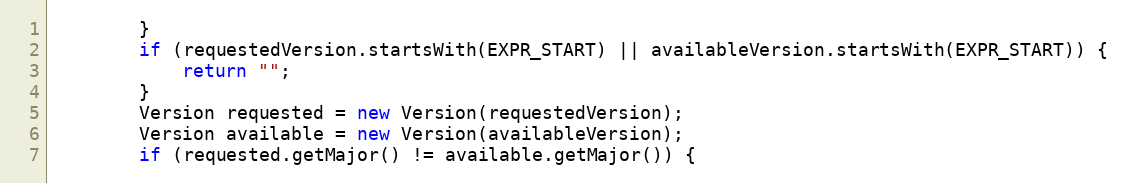
Language: Java
		}
		if (requestedVersion.startsWith(EXPR_START) || availableVersion.startsWith(EXPR_START)) {
			return "";
		}
		Version requested = new Version(requestedVersion);
		Version available = new Version(availableVersion);
		if (requested.getMajor() != available.getMajor()) {